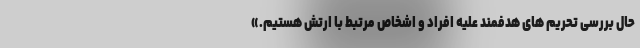
حال بررسی تحریم های هدفمند علیه افراد و اشخاص مرتبط با ارتش هستیم.»